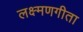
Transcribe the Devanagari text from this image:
लक्ष्मणगीता